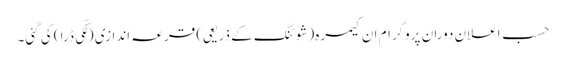
حسبِ اعلان دورانِ پروگرام اِ ن کیمرہ (شوٹنگ کے ذریعی) قرعہ اندازی (لکّی ڈرا) کی گئی۔